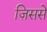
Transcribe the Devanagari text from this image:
ज़िससे